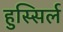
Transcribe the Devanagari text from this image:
हुस्सिर्ल